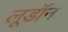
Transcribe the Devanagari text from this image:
लूडॉन